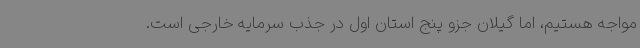
مواجه هستیم، اما گیلان جزو پنج استان اول در جذب سرمایه خارجی است.